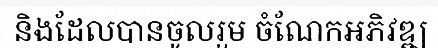
និងដែលបានចូលរួម ចំណែកអភិវឌ្ឍ